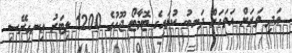
އަދި ވަރަށް އަވަހަށް ދަނބު ކުލައިގެ ޓޮމާޓޯ ޖޫހުގެ 1200 ލިޓަރު އިނގިރޭސި